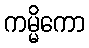
ကမ္မိကော